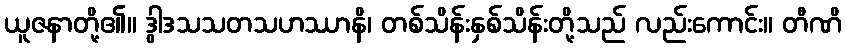
ယူဇနာတို့၏။ ဒွါဒသသတသဟဿာနိ၊ တစ်သိန်းနှစ်သိန်းတို့သည် လည်းကောင်း။ တီဏိ